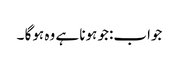
جواب:جو ہونا ہے وہ ہوگا ۔